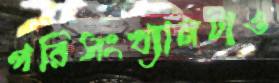
পরিসংখ্যানটাও